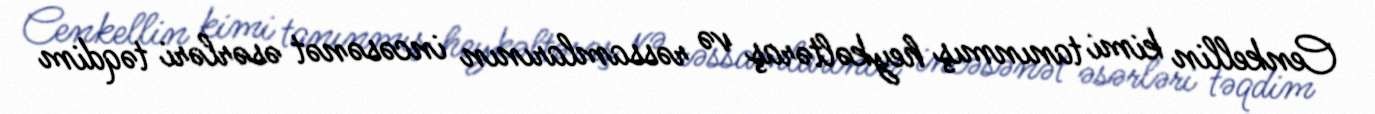
Cenkellin kimi tanınmış heykəltəraş və rəssamlarının incəsənət əsərləri təqdim